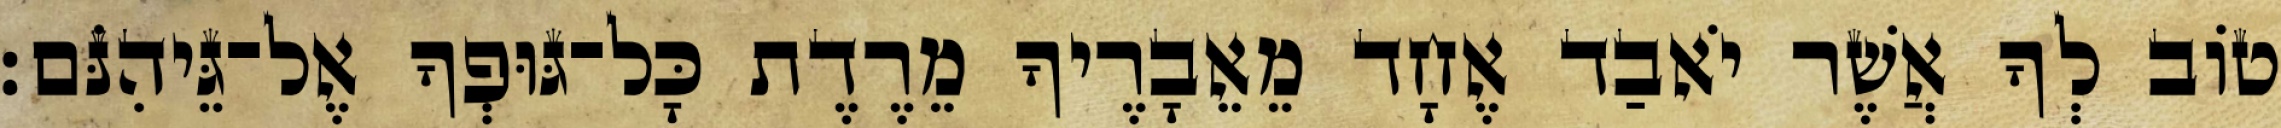
טוֹב לְךָ אֲשֶׁר יֹאבַד אֶחָד מֵאֵבָרֶיךָ מֵרֶדֶת כָּל־גּוּפְךָ אֶל־גֵּיהִנֹּם׃